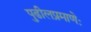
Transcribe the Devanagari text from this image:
पुढीलप्रमाणेः